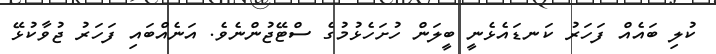
ކުލި ބައެއް ފަހަރު ކަނޑައެޅެނީ ބީލަން ހުށަހެޅުމުގެ ސްޓޭޖުންނެވެ. އަނެއްބައި ފަހަރު ޖުވާކުޅޭ